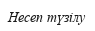
Несеп түзілу